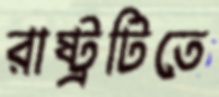
রাষ্ট্রটিতে